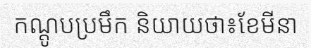
កណ្តូបប្រមឹក និយាយថា៖ខែមីនា